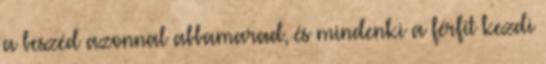
a beszéd azonnal abbamarad, és mindenki a férfit kezdi